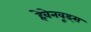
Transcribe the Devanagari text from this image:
हेवेनवूड्स